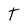
Character: t